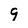
Character: 9